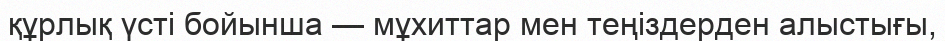
құрлық үсті бойынша — мұхиттар мен теңіздерден алыстығы,